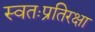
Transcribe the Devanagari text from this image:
स्वतःप्रतिरक्षा